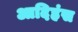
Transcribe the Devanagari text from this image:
आदिहंस